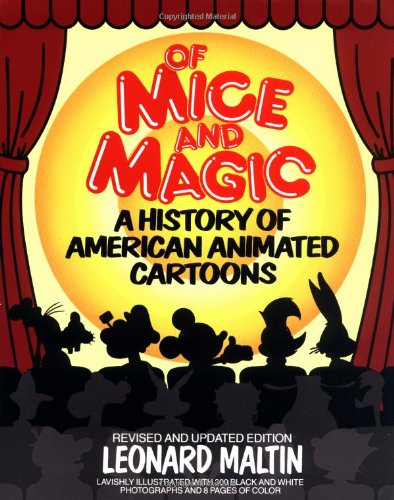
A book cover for Of Mice and Magic: A History of American Animated Cartoons, Revised and Updated Edition; Leonard Maltin; Humor & Entertainment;